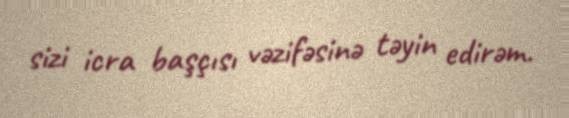
sizi icra başçısı vəzifəsinə təyin edirəm.